Lunatic asylums Madras 1877-1891 - 1877-1891
Year: 1877
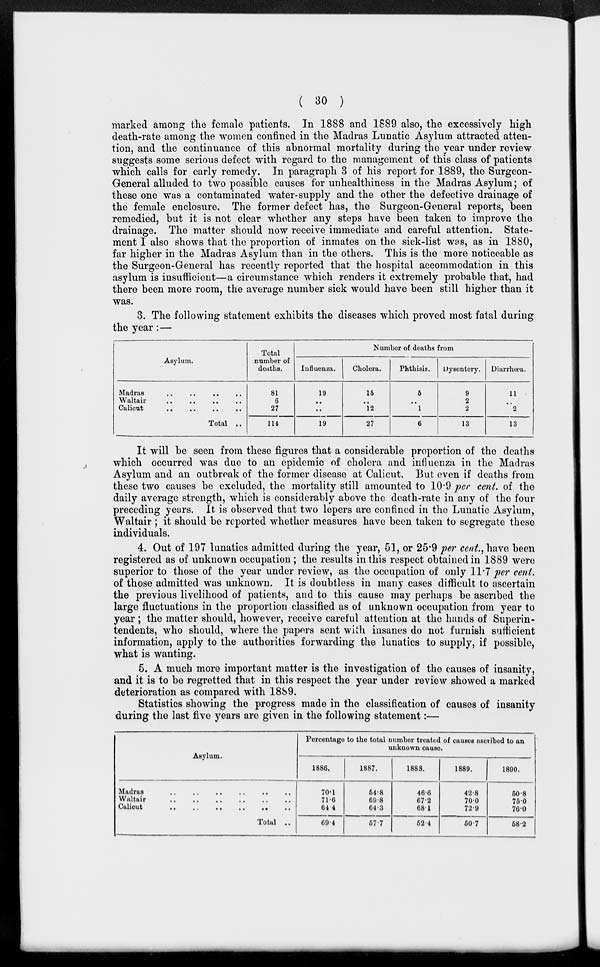
( 30 )
marked among the female patients. In 1888 and 1889 also, the excessively high
death-rate among the women confined in the Madras Lunatic Asylum attracted atten-
tion, and the continuance of this abnormal mortality during the year under review
suggests some serious defect with regard to the management of this class of patients
which calls for early remedy. In paragraph 3 of his report for 1889, the Surgeon-
General alluded to two possible causes for unhealthiness in the Madras Asylum; of
these one was a contaminated water-supply and the other the defective drainage of
the female enclosure. The former defect has, the Surgeon-General reports, been
remedied, but it is not clear whether any steps have been taken to improve the
drainage. The matter should now receive immediate and careful attention. State-
ment I also shows that the proportion of inmates on the sick-list was, as in 1880,
far higher in the Madras Asylum than in the others. This is the more noticeable as
the Surgeon-General has recently reported that the hospital accommodation in this
asylum is insufficient—a circumstance which renders it extremely probable that, had
there been more room, the average number sick would have been still higher than it
was.
3. The following statement exhibits the diseases which proved most fatal during
the year:—
Asylum.
Madras .. .. .. ..
Waltair
..
..
..
..
Calicut .. .. .. ..
Total ..
Total
number of
deaths.
81
6
27
114
Number of deaths from
Influenza.
19
..
..
19
Cholera.
15
..
12
27
Phthisis.
5
..
1
6
Dysentery.
9
2
2
13
Diarrhœa.
11
..
2
13
It will be seen from these figures that a considerable proportion of the deaths
which occurred was due to an epidemic of cholera and influenza in the Madras
Asylum and an outbreak of the former disease at Calicut. But even if deaths from
these two causes be excluded, the mortality still amounted to 10.9 per cent. of the
daily average strength, which is considerably above the death-rate in any of the four
preceding years. It is observed that two lepers are confined in the Lunatic Asylum,
Waltair ; it should be reported whether measures have been taken to segregate these
individuals.
4. Out of 197 lunatics admitted during the year, 51, or 25.9 per cent, have been
registered as of unknown occupation; the results in this respect obtained in 1889 were
superior to those of the year under review, as the occupation of only 11.7 per cent.
of those admitted was unknown. It is doubtless in many cases difficult to ascertain
the previous livelihood of patients, and to this cause may perhaps be ascribed the
large fluctuations in the proportion classified as of unknown occupation from year to
year; the matter should, however, receive careful attention at the hands of Superin-
tendents, who should, where the papers sent with insanes do not furnish sufficient
Information, apply to the authorities forwarding the lunatics to supply, if possible,
what is wanting.
5. A much more important matter is the investigation of the causes of insanity,
and it is to be regretted that in this respect the year under review showed a marked
deterioration as compared with 1889.
Statistics showing the progress made in the Classification of causes of insanity
during the last five years are given in the following statement:—
Asylum.
Madras
..
..
..
..
..
..
Waltair .. .. .. .. .. ..
Calicut .. .. .. .. .. ..
Total ..
Percentage to the total number treated of causes ascribed to an
unknown cause.
1886.
70.1
71.6
64.4
69.4
1887.
54.8
69.8
64.3
57.7
1888.
46.6
67.2
68.1
52.4
1889.
42.8
70.0
72.9
50.7
1890.
50.8
75.0
76.0
58.2